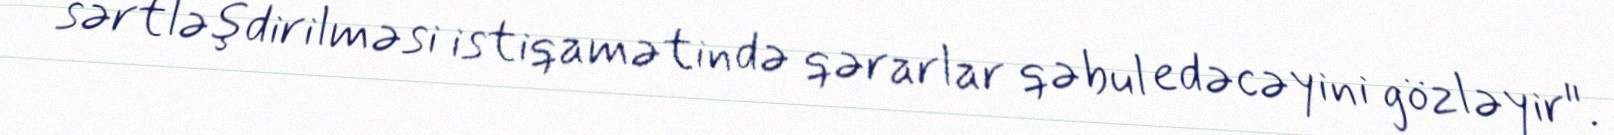
sərtləşdirilməsi istiqamətində qərarlar qəbul edəcəyini gözləyir".